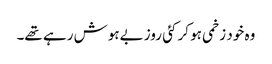
وہ خود زخمی ہو کر کئی روز بےہوش رہے تھے۔